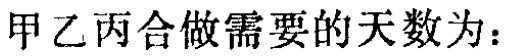
甲乙丙合做需要的天数为：